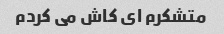
متشکرم ای کاش می کردم